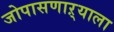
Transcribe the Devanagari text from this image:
जोपासणाऱ्याला